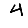
Digit: 4